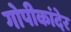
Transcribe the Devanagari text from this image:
गोपीकांदेर